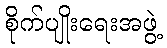
စိုက်ပျိုးရေးအဖွဲ့